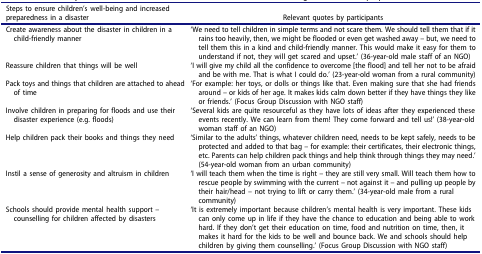
<table><thead><tr><td><b>Steps to ensure children’s well-being and increased preparedness in a disaster</b></td><td><b>Relevant quotes by participants</b></td></tr></thead><tbody><tr><td>Create awareness about the disaster in children in a child-friendly manner</td><td>‘We need to tell children in simple terms and not scare them. We should tell them that if it rains too heavily, then, we might be flooded or even get washed away – but, we need to tell them this in a kind and child-friendly manner. This would make it easy for them to understand if not, they will get scared and upset.’ (36-year-old male staff of an NGO)</td></tr><tr><td>Reassure children that things will be well</td><td>‘I will give my child all the confidence to overcome [the flood] and tell her not to be afraid and be with me. That is what I could do.’ (23-year-old woman from a rural community)</td></tr><tr><td>Pack toys and things that children are attached to ahead of time</td><td>‘For example: her toys, or dolls or things like that. Even making sure that she had friends around – or kids of her age. It makes kids calm down better if they have things they like or friends.’ (Focus Group Discussion with NGO staff)</td></tr><tr><td>Involve children in preparing for floods and use their disaster experience (e.g. floods)</td><td>‘Several kids are quite resourceful as they have lots of ideas after they experienced these events recently. We can learn from them! They come forward and tell us!’ (38-year-old woman staff of an NGO)</td></tr><tr><td>Help children pack their books and things they need</td><td>‘Similar to the adults’ things, whatever children need, needs to be kept safely, needs to be protected and added to that bag – for example: their certificates, their electronic things, etc. Parents can help children pack things and help think through things they may need.’ (54-year-old woman from an urban community)</td></tr><tr><td>Instil a sense of generosity and altruism in children</td><td>‘I will teach them when the time is right – they are still very small. Will teach them how to rescue people by swimming with the current – not against it – and pulling up people by their hair/head – not trying to lift or carry them.’ (34-year-old male from a rural community)</td></tr><tr><td>Schools should provide mental health support – counselling for children affected by disasters</td><td>‘It is extremely important because children’s mental health is very important. These kids can only come up in life if they have the chance to education and being able to work hard. If they don’t get their education on time, food and nutrition on time, then, it makes it hard for the kids to be well and bounce back. We and schools should help children by giving them counselling.’ (Focus Group Discussion with NGO staff)</td></tr></tbody></table>